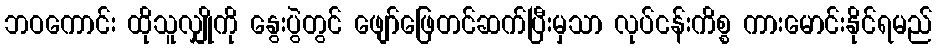
ဘဝကောင်း ထိုသူလျှိုကို နွေးပွဲတွင် ဖျော်ဖြေတင်ဆက်ပြီးမှသာ လုပ်ငန်းကိစ္စ ကားမောင်းနိုင်ရမည်